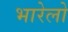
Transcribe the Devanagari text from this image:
भारेलो